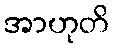
အာဟုတိ